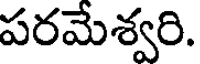
పరమేశ్వరి.